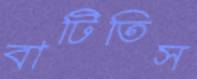
বাটিতিস